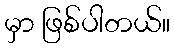
မှာ ဖြစ်ပါတယ်။